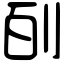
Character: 㓦